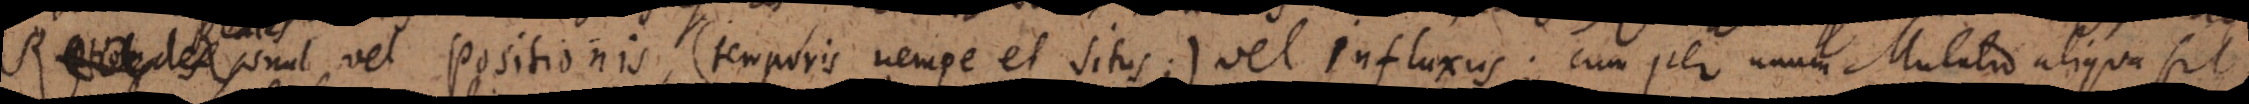
Reales sunt vel Positionis (temporis nempe et situs), vel Influxus; cum per unum Mutatio aliqua fit